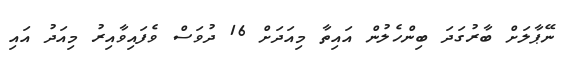
ނޭޕާލަށް ބާރުގަދަ ބިންހެލުން އައިތާ މިއަދަށް 16 ދުވަސް ވެފައިވާއިރު މިއަދު އައި